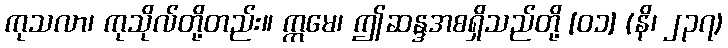
ကုသလာ၊ ကုသိုလ်တို့တည်း။ ဣမေ၊ ဤဆန္ဒအစရှိသည်တို့ [၀၁] (နိ၊ ၂၃၇)